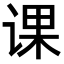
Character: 课